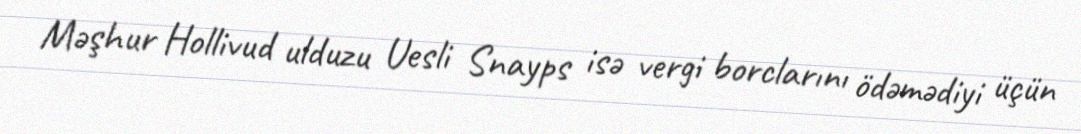
Məşhur Hollivud ulduzu Uesli Snayps isə vergi borclarını ödəmədiyi üçün